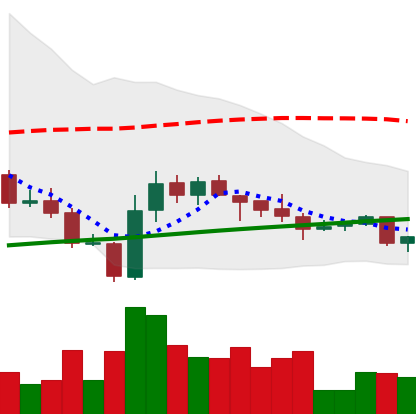
Ticker: LINK-USD
Chart end date: 2020-10-07
Forward return: 27.853%
Label: up_7plus